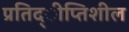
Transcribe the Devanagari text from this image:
प्रतिद्ीप्तिशील